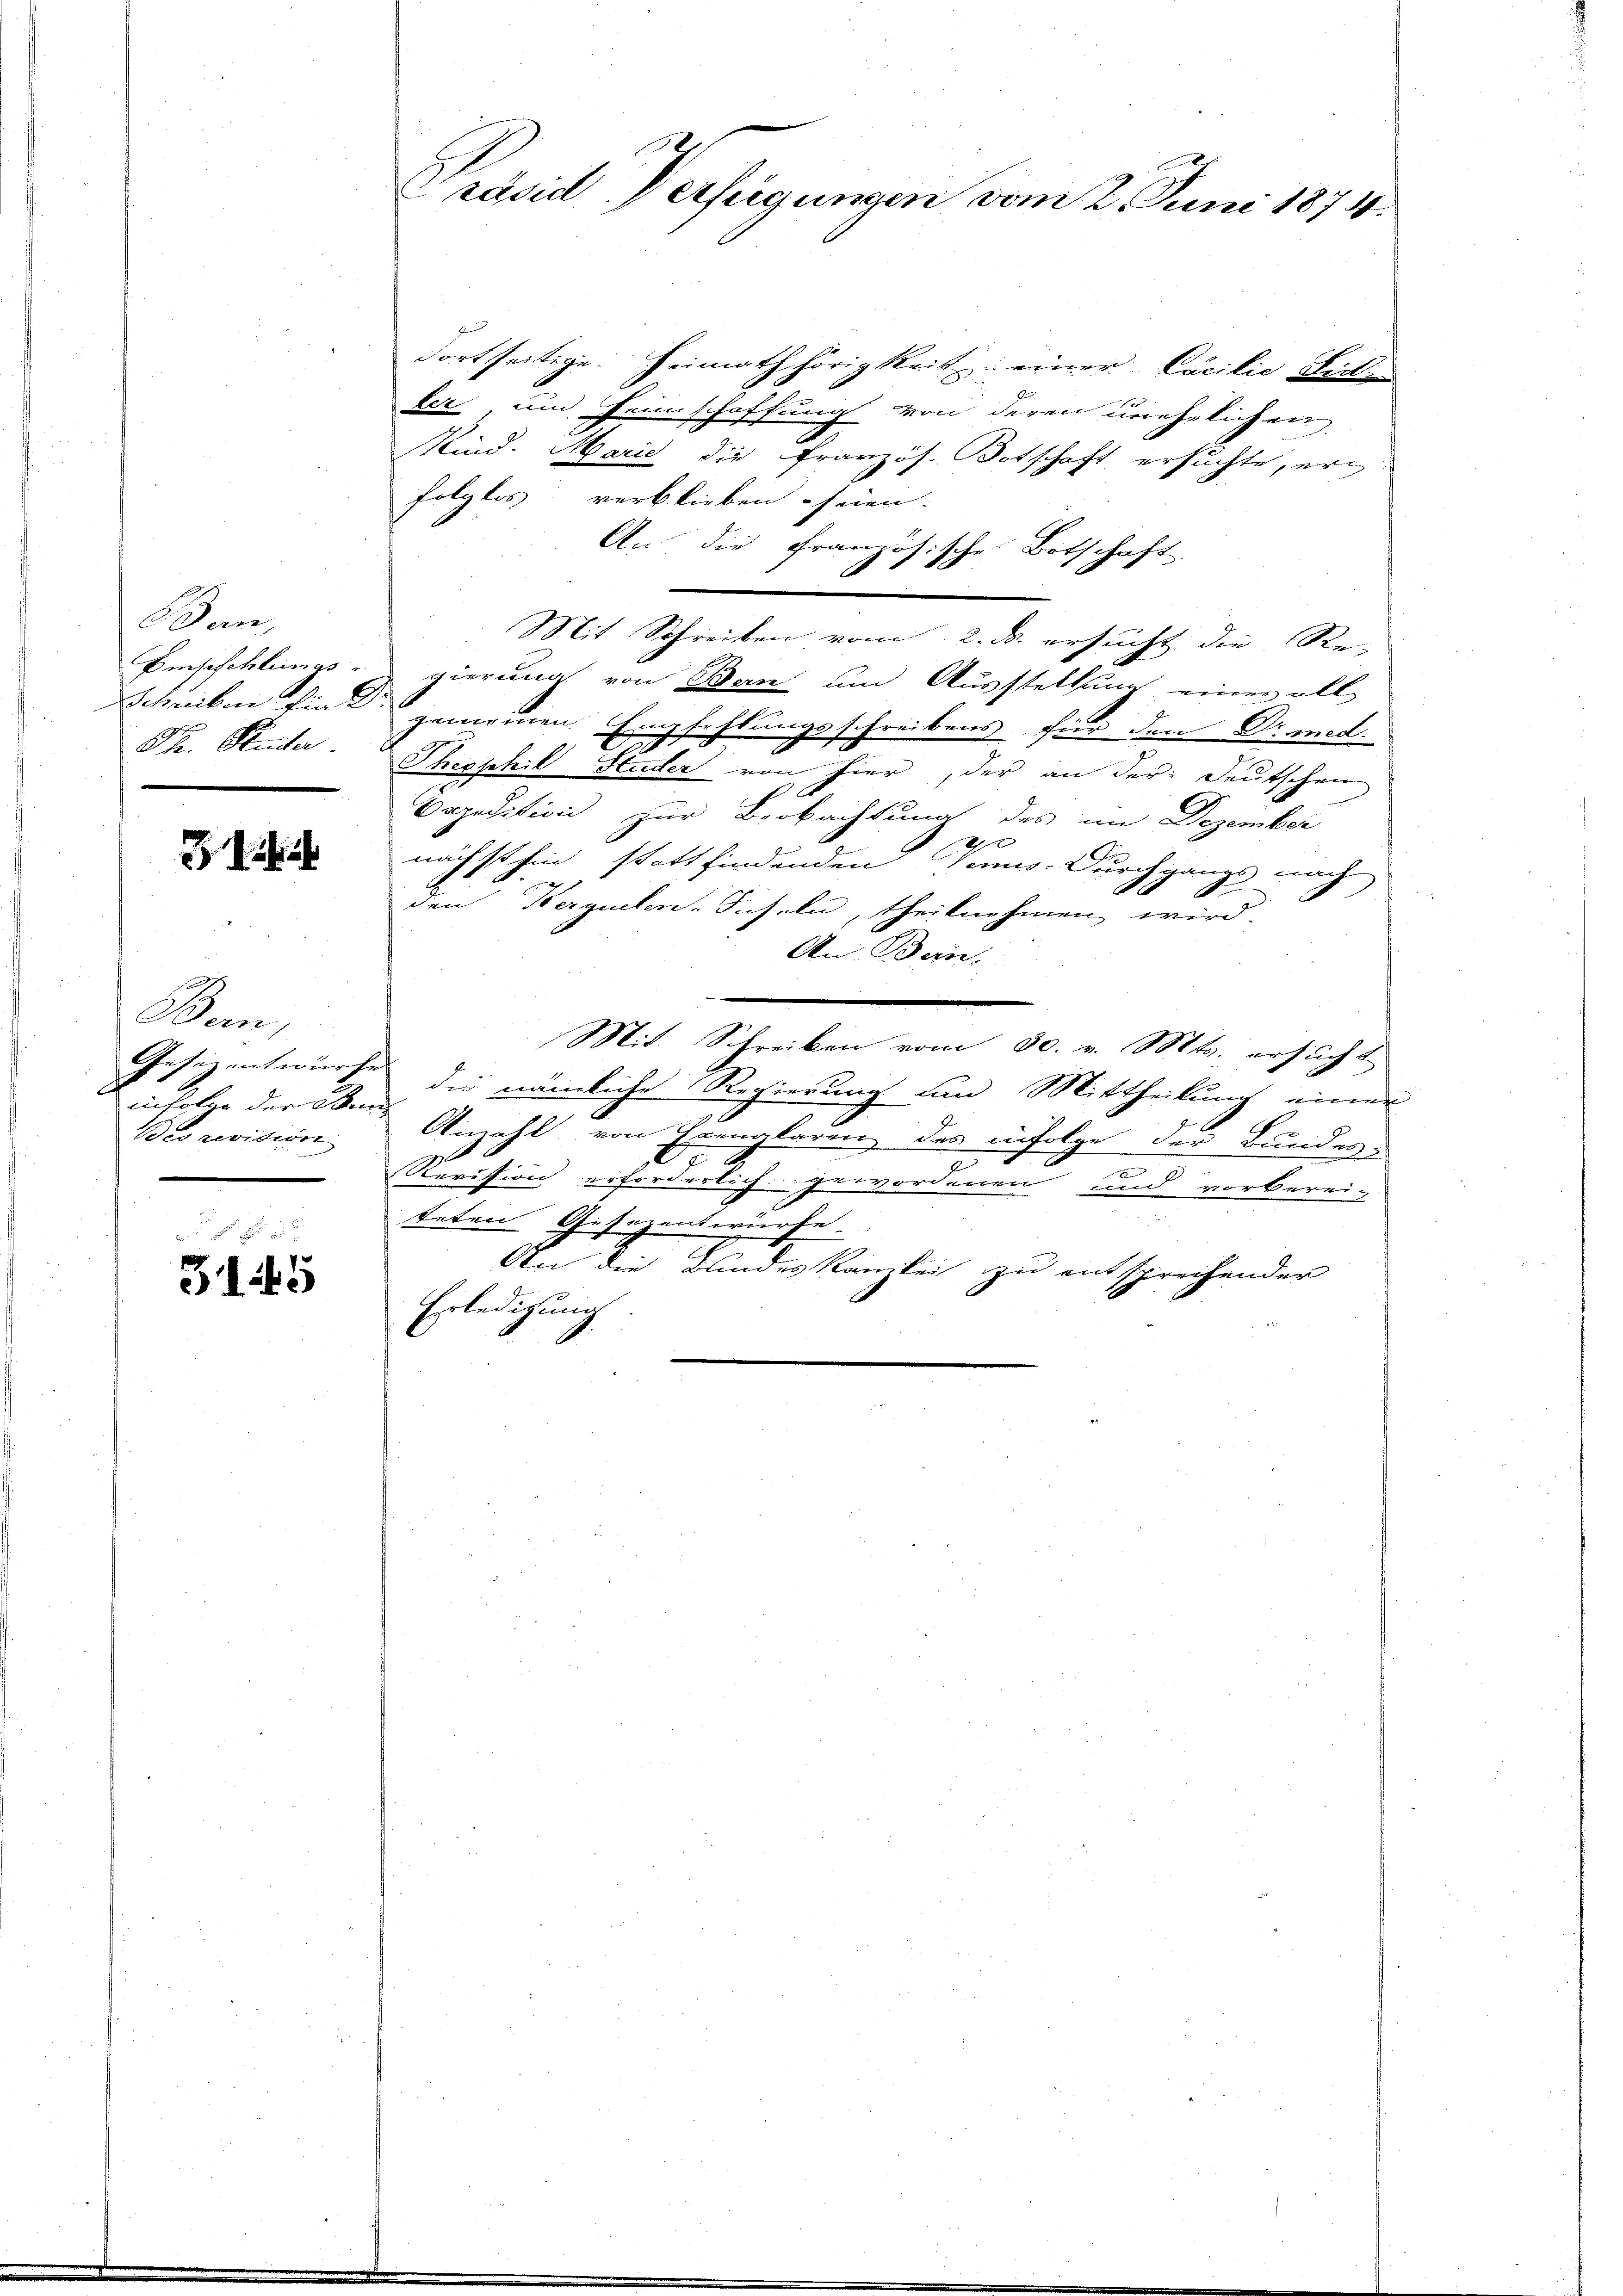
Ban,
Th. Suter

7

Ban,
inholer der Wand
Bes revision

3145

dortseitige. Heimath hörigkeit einer Cocilie Siche
ler und Heimschaffung von deren unehelichen
Mind. Marie die französ. Botschaft ersuchte, erfolglos verblieben seien.
An die Französische Botschaft.
f
Mit Schreiben vom 2. ds. ersucht, die Re-
Eisschlungs- z gierung von Ban um Ausstellung einer all
Schreiben find gemeinen Empfehlungsschreibens für den Dr. med.
Theophil Studer von hier, der an der Deutschen
6
Cepedition zur Beobachtung des im Dezember
a
nächsthin stattfindenden Venus. Durchgangs nach
h
den Kerguelen-Inseln, theilnehmen wird.
An Ban
Mit Schreiben vom 30. v. Mts. ersucht
Gesezentwürfe die nämliche Regierung um Mittheilung einer
Anzahl von Erenglaren des infolge der Bundes
e
Revision erforderlich gewordenen und vorberei-
teten Gesezentwürfe.
An die Bundeskanzlei zu entsprechender
Erledigung.

Präsid. Verfügungen vom 2. Juni 1874.